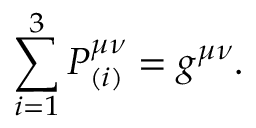
\sum _ { i = 1 } ^ { 3 } P _ { ( i ) } ^ { \mu \nu } = g ^ { \mu \nu } .